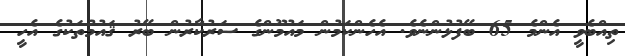
ތިއްބެވީ އެންމެ 65 ބޭފުޅުންނެވެ. އެހެންކަމުން މައުމޫންގެ ސަރުކާރުން ބޭރު ޤައުމުތަކުގެ އެހީ